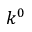
k ^ { 0 }